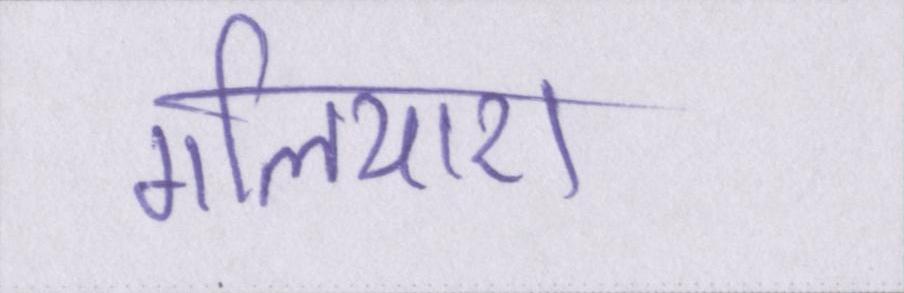
गलियारा